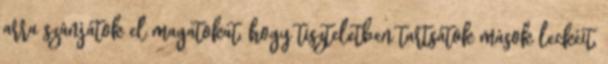
arra szánjátok el magatokat, hogy tiszteletben tartsátok mások leckéit,